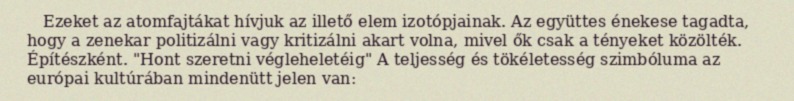
Ezeket az atomfajtákat hívjuk az illető elem izotópjainak. Az együttes énekese tagadta, hogy a zenekar politizálni vagy kritizálni akart volna, mivel ők csak a tényeket közölték. Építészként. "Hont szeretni végleheletéig" A teljesség és tökéletesség szimbóluma az európai kultúrában mindenütt jelen van: